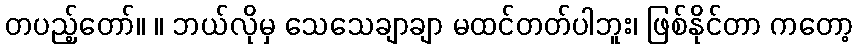
တပည့်တော်။ ။ ဘယ်လိုမှ သေသေချာချာ မထင်တတ်ပါဘူး၊ ဖြစ်နိုင်တာ ကတော့